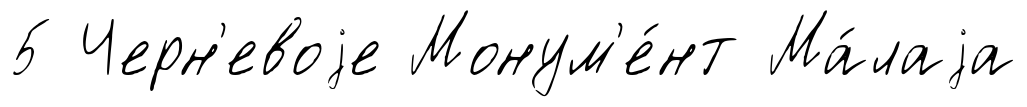
5 Черн'евоjе Монум'е́нт Ма́лаjа